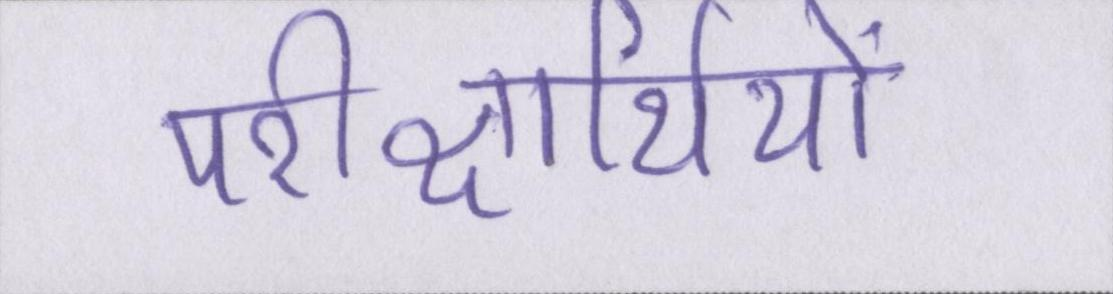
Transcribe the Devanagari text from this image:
परीक्षार्थियों